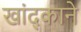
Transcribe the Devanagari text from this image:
खांद्काने